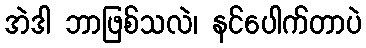
အဲဒါ ဘာဖြစ်သလဲ၊ နင်ပေါက်တာပဲ